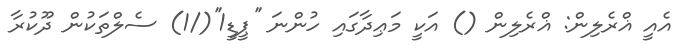
އެއީ ޣްރެލިން: ޣްރެލިން () އަކީ މަޢިދާގައި ހުންނަ ''ޕީޑީ1''(/1) ސެލްތަކުން ދޫކުރާ